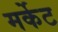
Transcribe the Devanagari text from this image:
मर्केट